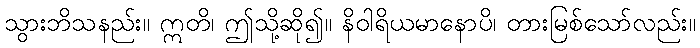
သွားဘိသနည်း။ ဣတိ၊ ဤသို့ဆို၍။ နိဝါရိယမာနောပိ၊ တားမြစ်သော်လည်း။